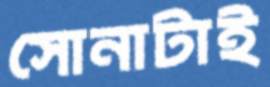
সোনাটাই